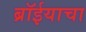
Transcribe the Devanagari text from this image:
ब्रॉईयाचा